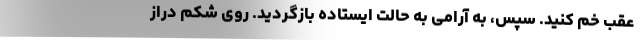
عقب خم کنید. سپس، به آرامی به حالت ایستاده بازگردید. روی شکم دراز